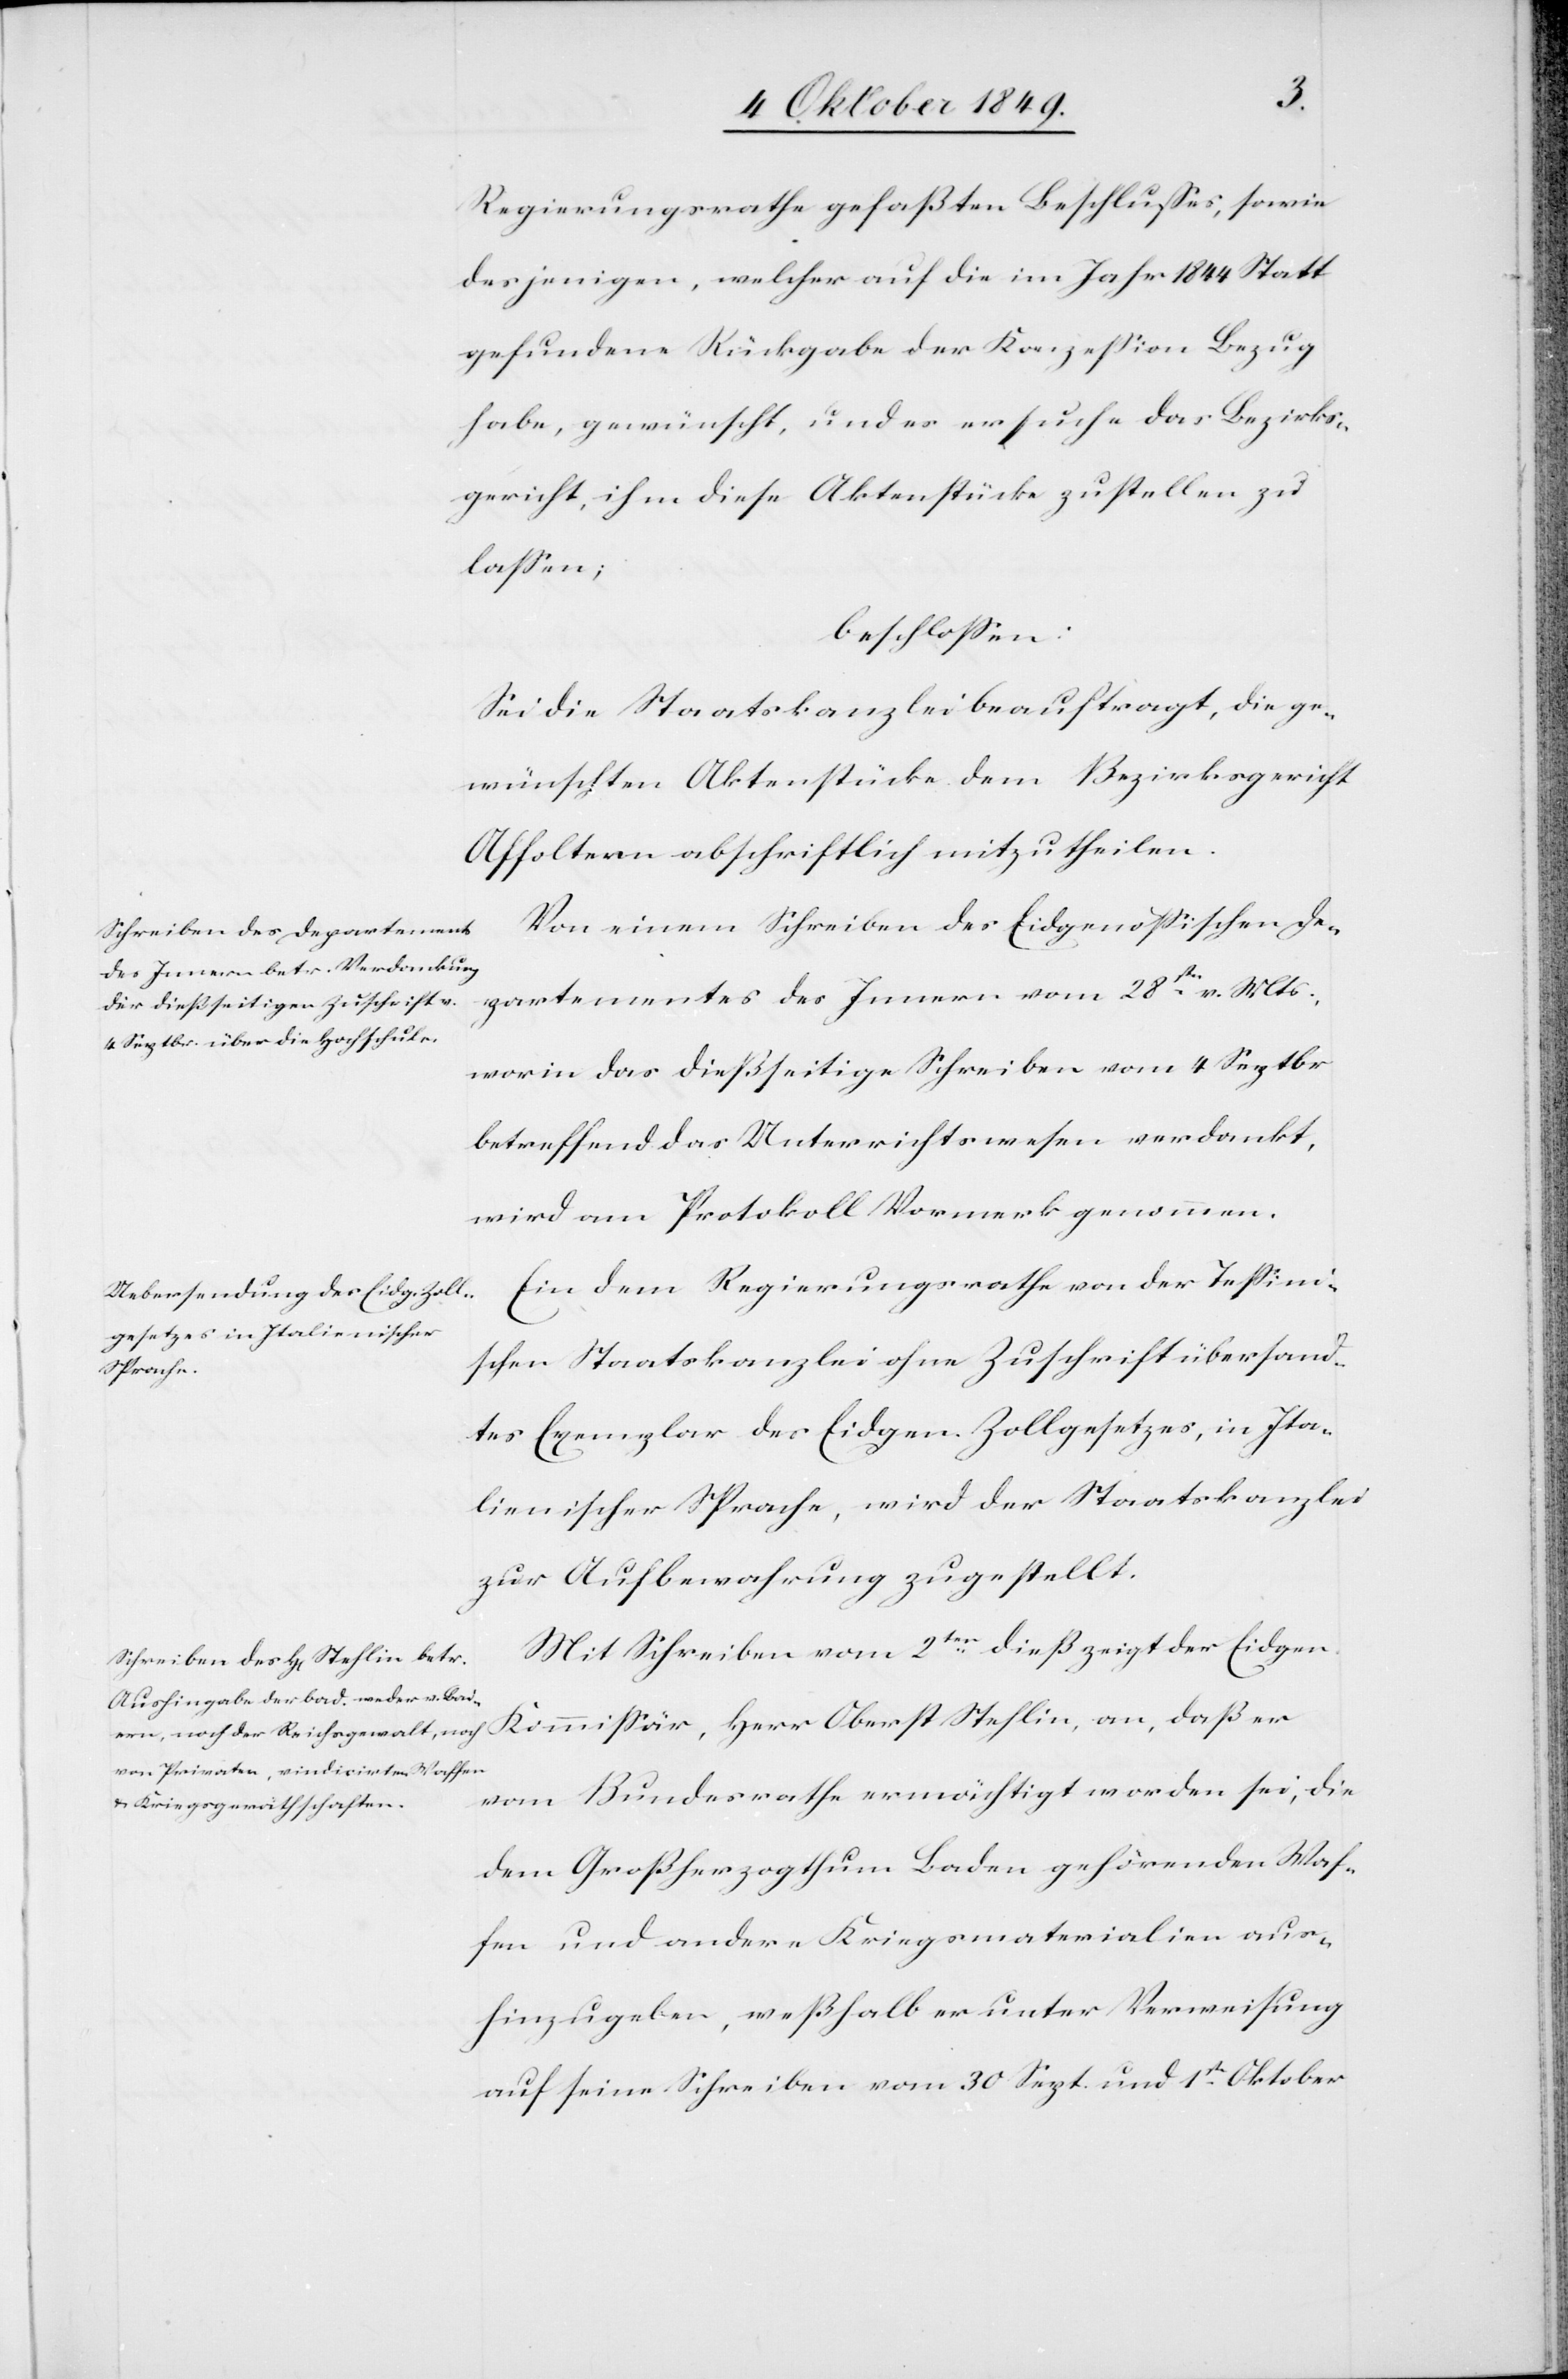
Regierungsrathe gefaßten Beschlusses, sowie
desjenigen, welcher auf die im Jahr 1844 statt
gefundene Rückgabe der Konzession Bezug
habe, gewünscht, und es ersuche das Bezirks¬
gericht, ihm diese Aktenstücke zustellen zu
lassen;
beschloßen:
In die Staatskanzlei beauftragt, die ge¬
wünschten Aktenstücke dem Bezirksgericht
Affoltern abschriftliche mitzutheilen.
Von einem Schreiben des Eidgenössischen De¬
partements des Innern vom 28ten v. Mts.
war in das dießseitige Schreiben vom 4. Septbr
betreffend das Unterrichtswesen verdankt,
wird am Protokoll Vormerk genommen.
Ein dem Regierungsrathe von der Tessini¬
schen Staatskanzlei ohne Zuschrift übersand¬
tes Exemplar des Eidgen. Zollgesetzes, in Ita¬
lienischer Sprache, wird der Staatskanzlei
zur Aufbewahrung zugestellt.
Mit Schreiben vom 2ten dieß zeigt der Eidgen.
Kommißär, Herr Oberst Stehlin an, daß er
vom Bundesrathe ermächtigt worden sei, die
dem Großherzogthum Baden gehörenden Waf¬
fen und andere Kriegsmaterialien aus¬
hinzugeben, weßhalb er unter Verweisung
auf seine Schreiben vom 30 Sept. und 1t Oktober